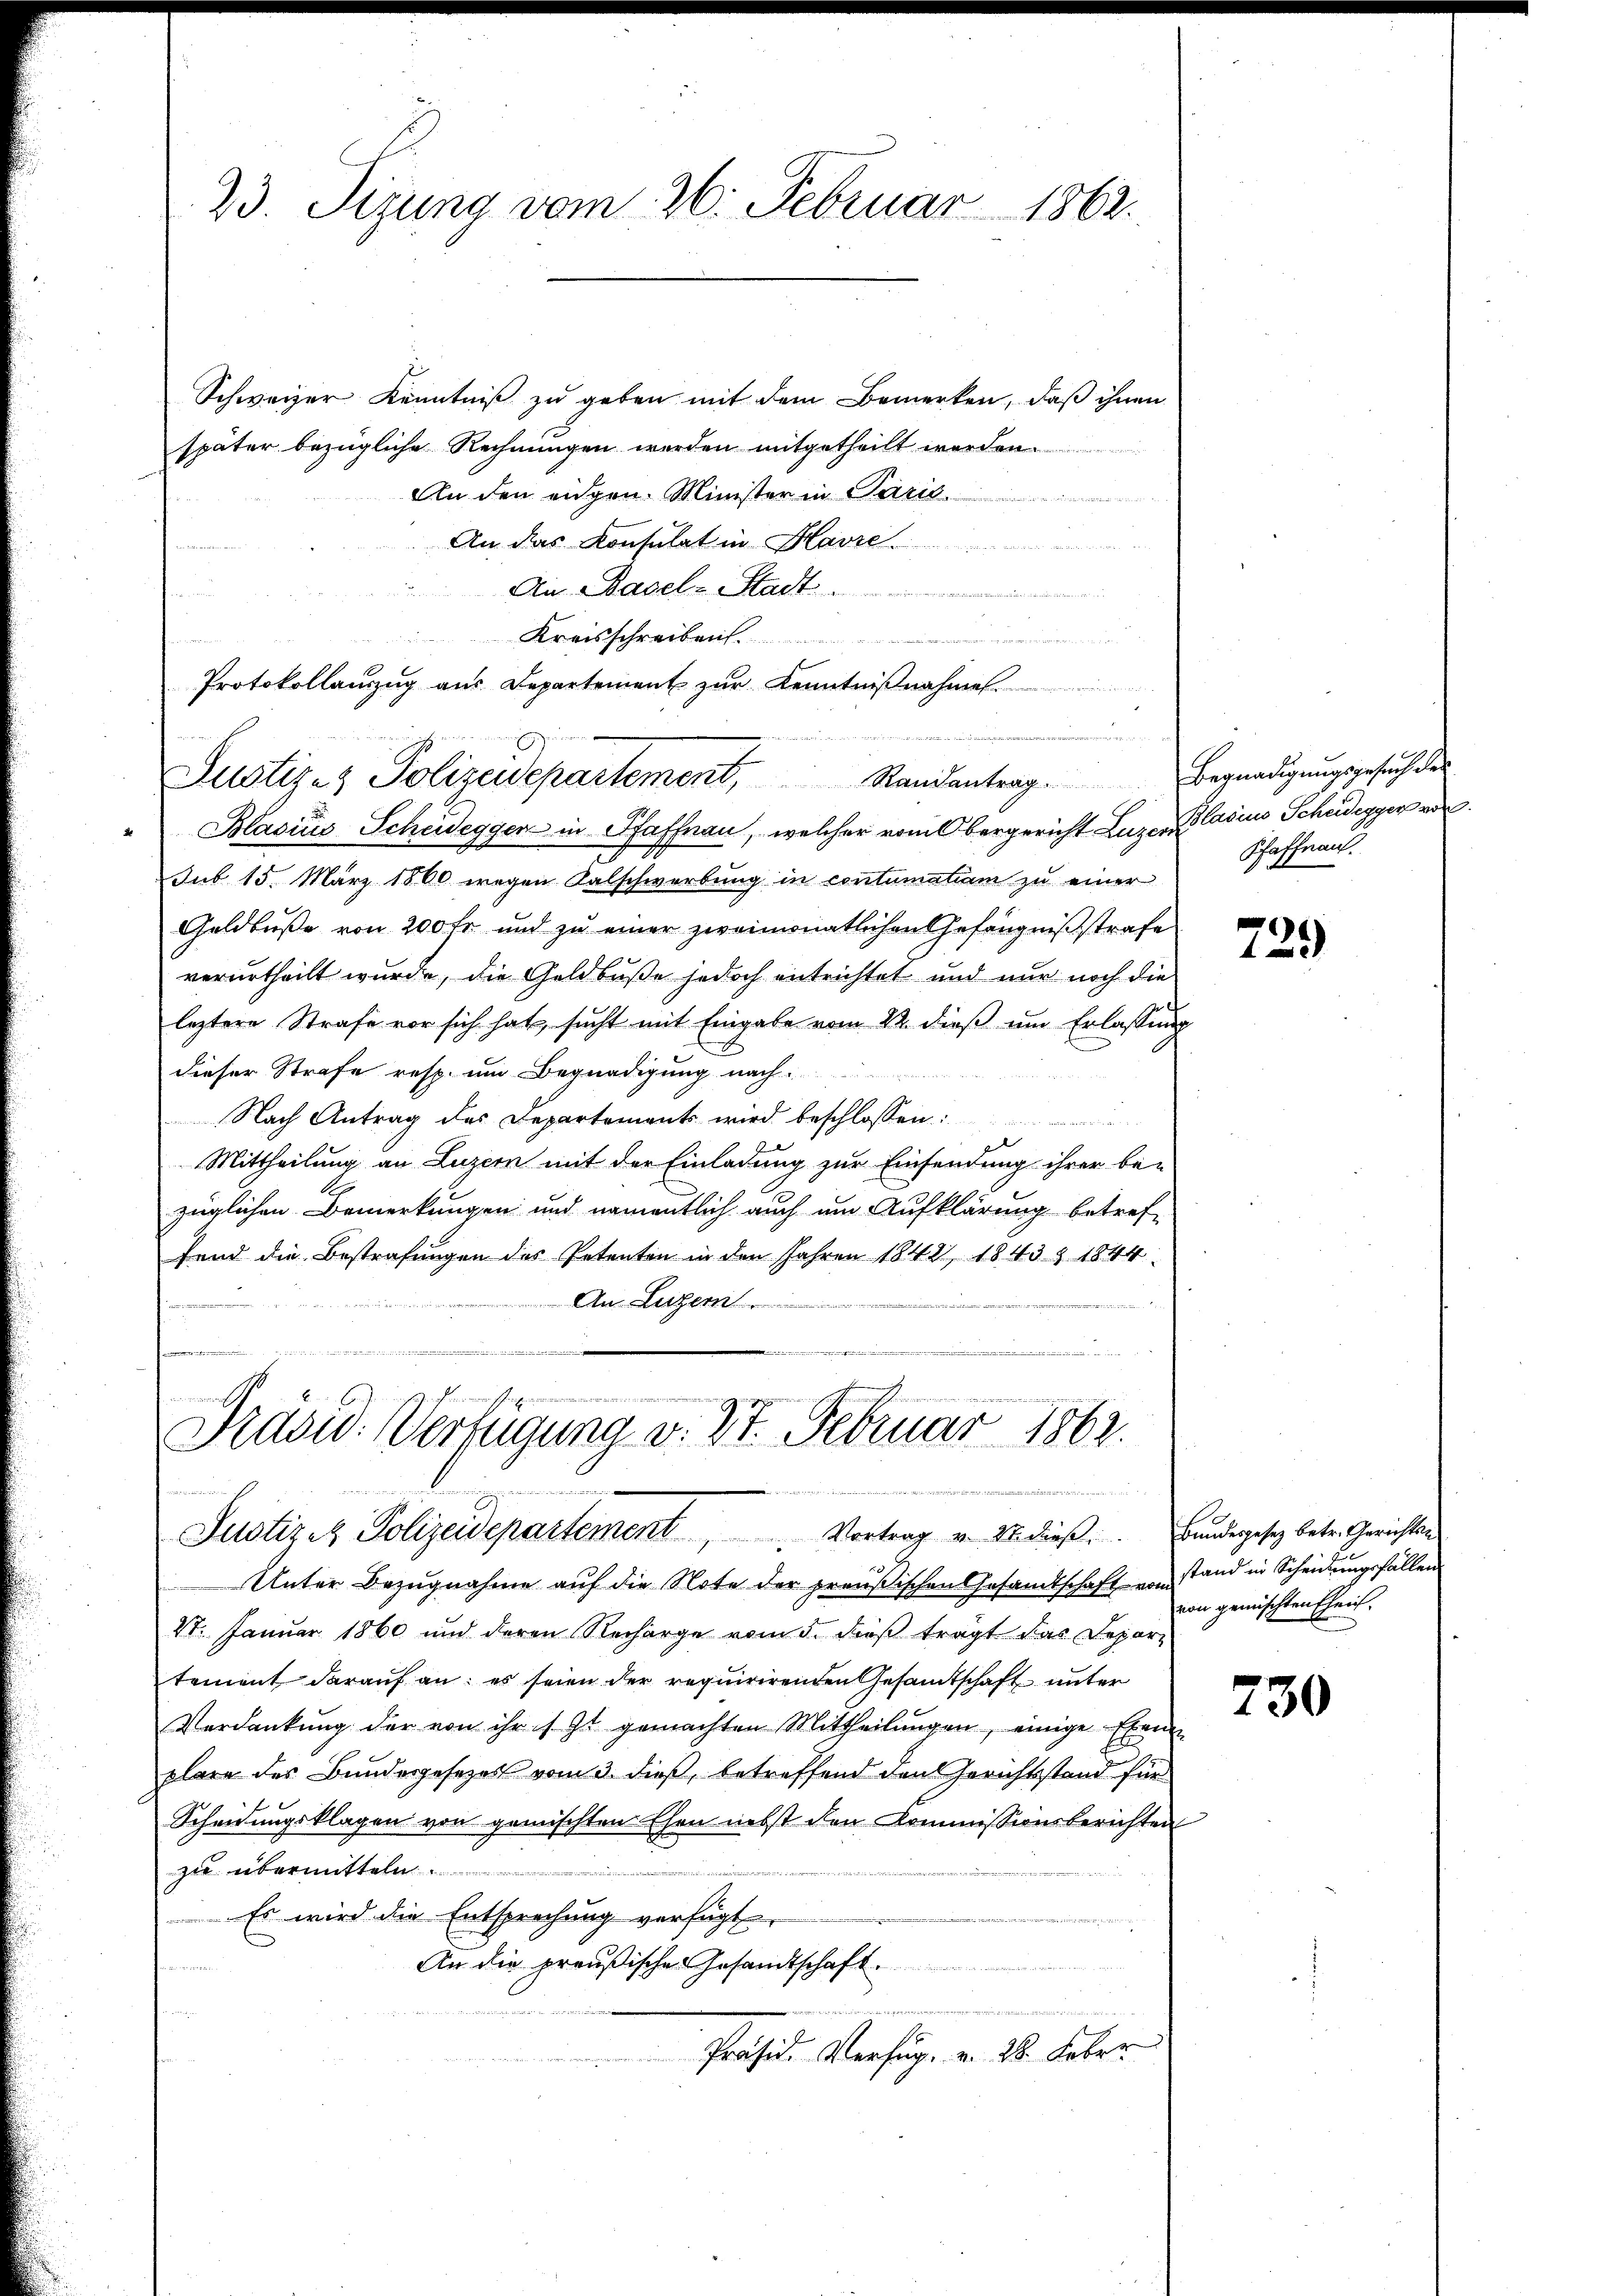
Schweizer Kenntniß zu geben mit dem Bemerken, daß ihnen
später bezügliche Rechnungen werden mitgetheilt werden.
An den eidgen. Minister in Paric

An das Konsulat in Hause
An Basel-Stadt.
m
Kreisschreiben.

Protokollanzug aus Departement zur Kenntnißnahme

"Blasius Scheideggen in Pfaffnau, welcher vom Obergericht Luzer Casius Scheidegger von
sub 15. März 1860 wegen Kalschwerbung in contumatiam zu einer
Geldbuße von 200 fr. und zu einer zweimonatlichen Gefängnißstrafe
verurtheilt wurde, die Geldbuße jedoch entrichtet und nur noch die
leztere Strafe vor sich hat sucht mit Eingabe vom 22. dieß um Erlassung
dieser Strafe resp. um Begnadigung nach
Nach Antrag des Departements wird beschlossen:
Mittheilung an Luzern mit der Einladung zur Einsendung ihrer be-
züglichen Bemerkungen und namentlich auch um Aufklärung betreffend die Bestrafungen des Petenten in den Jahren 18421 1843 § 1844
An Luzern

23. Sizung vom 26. Februar 1862.

Justiz- & Polizeidepartement, Randantrag. Begnadigŭngsgesuch des

Präsid. Verfügung v. 27. Februar 1862.
u
Justiz & Polizeidepartement Vortrag v. 26 dieβ. Bundesgesez betr. Gerichten

Pfaffnau.

Unter Bezugnahme auf die Note der preußischen Gesandtschaft vom stand in Scheidungsfällen
VI. Januar 1860 und deren Recharge vom 5. dieß trägt das Departement darauf an: es seien der requirirenden Gesamtschaft unter
Verdankŭng der von ihr s. Zt. gemachten Mittheilŭngen, einige Eben
plare des Bundesgesetzes vom 3. dieß, betreffend den Gerichtsstand für
Scheidungsklagen von gemischten Ehen nebst den Kommissionsberichten
zu übermitteln.
Es wird die Entsprechung verfügt,
An die preußische Gesandtschaft.
u
Präsid. Verfug. v. 28. Feber

729

von gemischten Eheit.

730